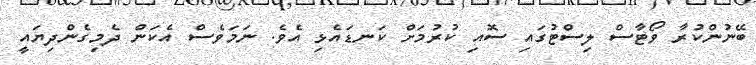
ބޭނުންކުރާ ވޯޓާސް ލިސްޓުގައި ސޮއި ކުރުމަށް ކަނޑައެޅި އެވެ. ނަމަވެސް އެކަން ދެމިގެންދިޔައީ